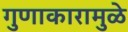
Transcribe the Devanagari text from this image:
गुणाकारामुळे